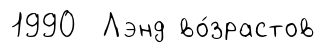
1990 Лэнд во́зрастов